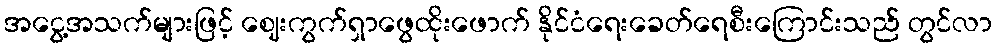
အငွေ့အသက်များဖြင့် ဈေးကွက်ရှာဖွေထိုးဖောက် နိုင်ငံရေးခေတ်ရေစီးကြောင်းသည် တွင်လာ